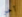
آخر